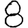
Digit: 8